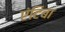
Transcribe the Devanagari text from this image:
एंटिबा